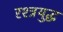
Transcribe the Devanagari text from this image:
रश्त्रयुद्ध